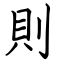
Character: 則